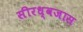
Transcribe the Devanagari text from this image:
सीरध्वजास